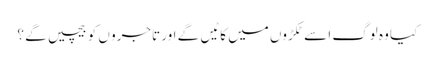
کیا وہ لوگ ا سے ٹکڑوں میں کا ٹیں گے اور تاجرو ں کو بیچیں گے ؟